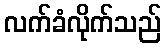
လက်ခံလိုက်သည်